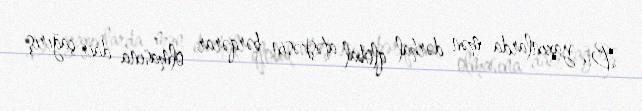
Bu yaxınlarda mən dərhal qlobal atəşkəsin bərqərar olmasına dair çağırış